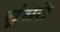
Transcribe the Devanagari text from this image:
सूंघते